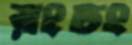
রংঢং